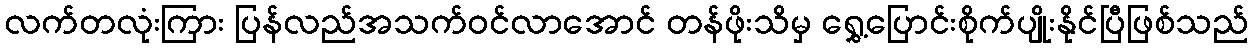
လက်တလုံးကြား ပြန်လည်အသက်ဝင်လာအောင် တန်ဖိုးသိမှ ရွှေ့ပြောင်းစိုက်ပျိုးနိုင်ပြီဖြစ်သည်